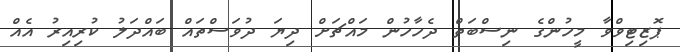
ޕޮޒިޓިވްވާ މީހުންގެ ނިސްބަތް ދެހާހުން މައްޗަށް ދިޔަ ދުވަސްތައް ބައްދަލު ކުރިއިރު އެއް